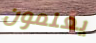
يعلمون